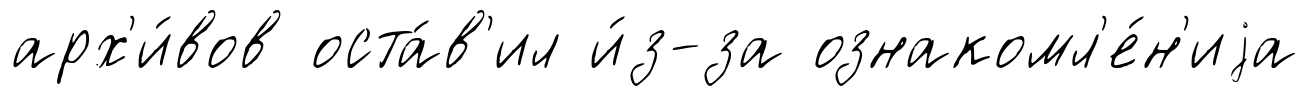
арх'и́вов оста́в'ил и́з-за ознакомл'е́н'иjа